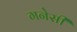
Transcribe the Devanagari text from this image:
गनेसी